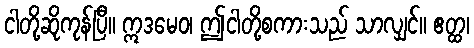
ငါတို့ဆိုကုန်ပြီ။ ဣဒမေဝ၊ ဤငါတို့စကားသည် သာလျှင်။ ဧတ္ထ၊